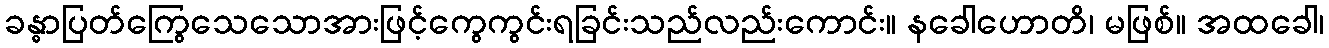
ခန္ဓာပြတ်ကြွေသေသောအားဖြင့်ကွေကွင်းရခြင်းသည်လည်းကောင်း။ နခေါဟောတိ၊ မဖြစ်။ အထခေါ၊